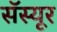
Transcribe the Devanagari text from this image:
सॅस्यूर